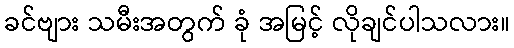
ခင်ဗျား သမီးအတွက် ခုံ အမြင့် လိုချင်ပါသလား။